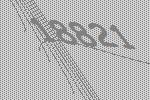
18821